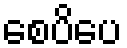
စေပိပေ